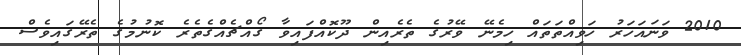
2010 ވަނައަހަރު ހަވިއްތަތައް ހިމެނޭ ވޭރުގެ ތެރެއިން ދޫކޮއްފައިވާ ގޯއްޗެއްގެތެރެ ކޮނުމުގެ ތެރޭގައިވެސް